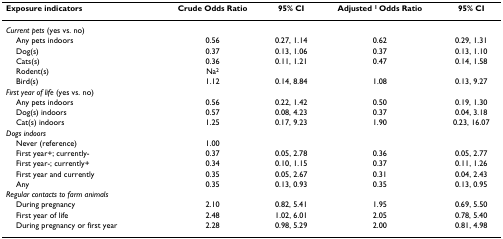
<table><thead><tr><td><b>Exposure indicators</b></td><td><b>Crude Odds Ratio</b></td><td><b>95% CI</b></td><td><b>Adjusted <sup>1 </sup>Odds Ratio</b></td><td><b>95% CI</b></td></tr></thead><tbody><tr><td><i>Current pets </i>(yes vs. no)</td><td></td><td></td><td></td><td></td></tr><tr><td> Any pets indoors</td><td>0.56</td><td>0.27, 1.14</td><td>0.62</td><td>0.29, 1.31</td></tr><tr><td> Dog(s)</td><td>0.37</td><td>0.13, 1.06</td><td>0.37</td><td>0.13, 1.10</td></tr><tr><td> Cats(s)</td><td>0.36</td><td>0.11, 1.21</td><td>0.47</td><td>0.14, 1.58</td></tr><tr><td> Rodent(s)</td><td>Na<sup>2</sup></td><td></td><td></td><td></td></tr><tr><td> Bird(s)</td><td>1.12</td><td>0.14, 8.84</td><td>1.08</td><td>0.13, 9.27</td></tr><tr><td><i>First year of life </i>(yes vs. no)</td><td></td><td></td><td></td><td></td></tr><tr><td> Any pets indoors</td><td>0.56</td><td>0.22, 1.42</td><td>0.50</td><td>0.19, 1.30</td></tr><tr><td> Dog(s) indoors</td><td>0.57</td><td>0.08, 4.23</td><td>0.37</td><td>0.04, 3.18</td></tr><tr><td> Cat(s) indoors</td><td>1.25</td><td>0.17, 9.23</td><td>1.90</td><td>0.23, 16.07</td></tr><tr><td><i>Dogs indoors</i></td><td></td><td></td><td></td><td></td></tr><tr><td> Never (reference)</td><td>1.00</td><td></td><td></td><td></td></tr><tr><td> First year+; currently-</td><td>0.37</td><td>0.05, 2.78</td><td>0.36</td><td>0.05, 2.77</td></tr><tr><td> First year-; currently+</td><td>0.34</td><td>0.10, 1.15</td><td>0.37</td><td>0.11, 1.26</td></tr><tr><td> First year and currently</td><td>0.35</td><td>0.05, 2.67</td><td>0.31</td><td>0.04, 2.43</td></tr><tr><td> Any</td><td>0.35</td><td>0.13, 0.93</td><td>0.35</td><td>0.13, 0.95</td></tr><tr><td><i>Regular contacts to farm animals</i></td><td></td><td></td><td></td><td></td></tr><tr><td> During pregnancy</td><td>2.10</td><td>0.82, 5.41</td><td>1.95</td><td>0.69, 5.50</td></tr><tr><td> First year of life</td><td>2.48</td><td>1.02, 6.01</td><td>2.05</td><td>0.78, 5.40</td></tr><tr><td> During pregnancy or first year</td><td>2.28</td><td>0.98, 5.29</td><td>2.00</td><td>0.81, 4.98</td></tr></tbody></table>